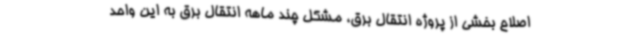
اصلاح بخشی از پروژه انتقال برق، مشکل چند ماهه انتقال برق به این واحد